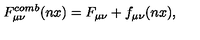
F \sb { \mu \nu } \sp { c o m b } ( n x ) = F \sb { \mu \nu } + f \sb { \mu \nu } ( n x ) ,